Report on sanitation, dispensaries, and jails in Rajputana for 1919, and on vaccination for the year 1919-1920 - 1919-1920
Year: 1919
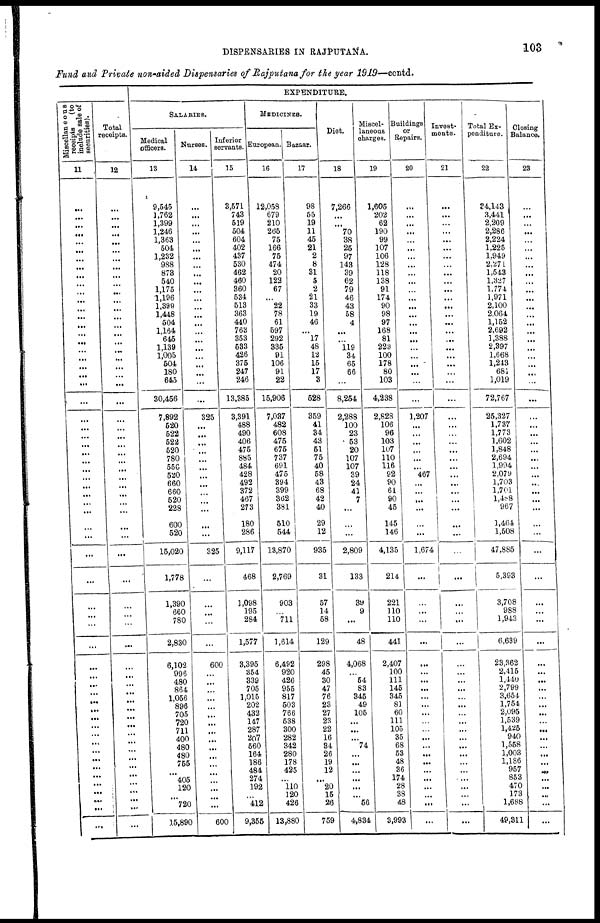
DISPENSARIES IN RAJPUTANA.
103
Fund and Private non-aided Dispensaries of Rajputana for the year 1919—contd.
Miscellaneous
receipts (to
include sale of
securities).
11
...
...
...
...
...
...
...
...
...
...
...
...
...
...
...
...
...
...
...
...
...
...
...
...
...
...
...
...
...
...
...
...
...
...
...
...
...
...
...
...
...
...
...
...
...
...
...
...
...
...
...
...
...
...
...
...
...
...
...
...
...
...
Total
receipts.
12
...
...
...
...
...
...
...
...
...
...
...
...
...
...
...
...
...
...
...
...
...
...
...
...
...
...
...
...
...
...
...
...
...
...
...
...
...
...
...
...
...
...
...
...
...
...
...
...
...
...
...
...
...
...
...
...
...
...
...
...
...
...
EXPENDITURE.
SALARIES.
Medical
officers.
13
9,545
1,762
1,399
1,246
1,363
504
1,232
988
873
540
1,175
1,196
1,399
1,448
504
1,164
645
1,139
1,005
504
180
645
30,456
7,892
520
522
522
520
780
556
520
660
660
520
228
600
520
15,020
1,778
1,390
660
780
2,830
6,102
996
480
864
1,056
896
705
720
711
400
480
480
755
...
405
120
...
720
15,890
NURSES.
14
...
...
...
...
...
...
...
...
...
...
...
...
...
...
...
...
...
...
...
...
...
...
...
325
...
...
...
...
...
...
...
...
...
...
...
...
...
325
...
...
...
...
...
600
...
...
...
...
...
...
...
...
...
...
...
...
...
...
...
...
...
600
Inferior
servants.
15
3,571
743
519
504
604
402
437
530
462
460
360
534
513
363
440
763
353
533
426
375
247
246
13,385
3,391
488
490
406
475
885
484
428
492
372
467
273
180
286
9,117
468
1,098
195
284
1,577
3,395
354
339
705
1,015
202
432
147
287
207
560
164
186
484
274
192
...
412
9,355
MEDICINES.
European.
16
12,058
679
210
265
75
166
75
474
20
122
67
...
22
78
61
597
292
335
91
106
91
22
15,906
7,037
482
608
475
675
737
691
475
394
399
362
381
510
544
13,870
2,769
903
...
711
1,614
6,492
920
426
955
817
503
766
538
300
282
342
280
178
425
...
110
120
426
13,880
Bazaar.
17
98
55
19
11
45
21
2
8
31
5
2
21
33
19
46
...
17
48
12
15
17
3
528
359
41
34
43
51
75
40
58
43
68
42
40
29
12
935
31
57
14
58
129
298
45
30
47
76
23
27
23
22
16
34
26
19
12
...
20
15
26
759
Diet.
18
7,266
...
70
38
25
97
143
39
62
79
46
43
58
4
...
...
119
34
65
66
...
8,254
2,288
100
23
53
20
107
107
39
24
41
7
...
...
...
2,809
133
39
9
...
48
4,068
...
54
83
345
49
105
...
...
...
74
...
...
...
...
...
...
56
4,834
Miscel-
laneous
charges.
19
1,605
202
62
190
99
107
106
128
118
138
91
174
90
98
97
168
81
223
100
178
80
103
4,238
2,828
106
96
103
107
110
116
92
90
61
90
45
145
146
4,135
214
221
110
110
441
2,407
100
111
145
345
81
60
111
105
35
68
53
48
36
174
28
38
48
3,993
Buildings
or
Repairs.
20
...
...
...
...
...
...
...
...
...
...
...
...
...
...
...
...
...
...
...
...
...
...
...
1,207
...
...
...
...
...
...
467
...
...
...
...
...
...
1,674
...
...
...
...
...
...
...
...
...
...
...
...
...
...
...
...
...
...
...
...
...
...
...
...
Invest-
ments.
21
...
...
...
...
...
...
...
...
...
...
...
...
...
...
...
...
...
...
...
...
...
...
...
...
...
...
...
...
...
...
...
...
...
...
...
...
...
...
...
...
...
...
...
...
...
...
...
...
...
...
...
...
...
...
...
...
...
...
...
...
...
...
Total Ex-
penditure.
22
34,143
3,441
2,209
2,286
2,224
1,225
1,949
2,271
1,543
1,327
1,774
1,971
2,100
2,064
1,152
2,692
1,388
2,397
1,668
1,243
681
1,019
72,767
25,327
1,737
1,773
1,602
1,848
2,694
1,994
2,079
1,703
1,701
l,488
967
1,464
1,508
47,885
5,393
3,708
988
1,943
6,639
23,362
2,415
1,440
2,799
3,654
1,754
2,095
1,539
1,425
940
1,558
1,003
1,186
957
853
470
173
1,688
49,311
Closing
Balance.
23
...
...
...
...
...
...
...
...
...
...
...
...
...
...
...
...
...
...
...
...
...
...
...
...
...
...
...
...
...
...
...
...
...
...
...
...
...
...
...
...
...
...
...
...
...
...
...
...
...
...
...
...
...
...
...
...
...
...
...
...
...
...